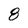
Character: 8